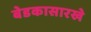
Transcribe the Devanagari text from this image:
बेडकासारखे